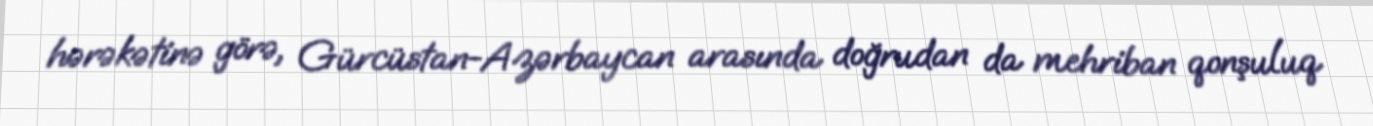
hərəkətinə görə, Gürcüstan-Azərbaycan arasında doğrudan da mehriban qonşuluq